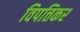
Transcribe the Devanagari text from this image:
विपत्तिकर